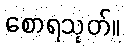
စောရသုတ်။